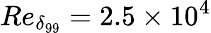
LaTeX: Re_{\delta_{99}}=2.5\times 10^{4}